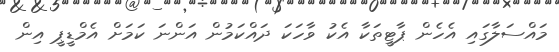
މައްސަލާގައި އެހެން ޕާޓީތަކާ އެކު ވާހަކަ ދައްކަމުން އަންނަ ކަމަށް އެމްޑީޕީ އިން